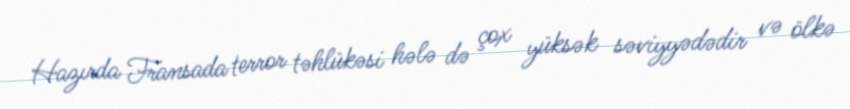
Hazırda Fransada terror təhlükəsi hələ də çox yüksək səviyyədədir və ölkə